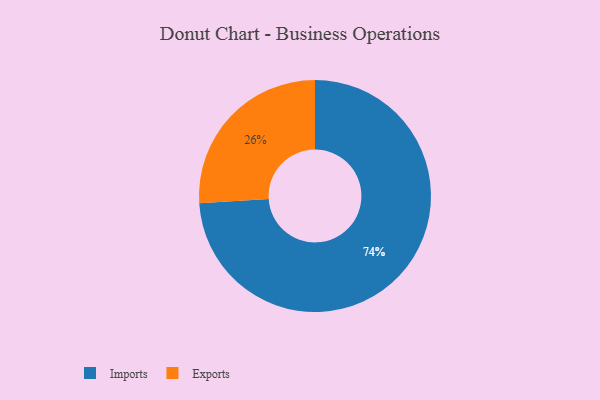
{"axis": {"x": "Category", "y": "Percentage"}, "legend": ["Exports", "Imports"], "data": [{"x": "Exports", "y": 26, "type": "Exports"}, {"x": "Imports", "y": 74, "type": "Imports"}]}